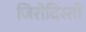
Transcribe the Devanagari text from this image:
जिरोदिस्तो